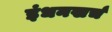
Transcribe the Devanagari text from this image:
इंधनखर्च